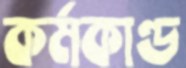
কর্মকাণ্ড